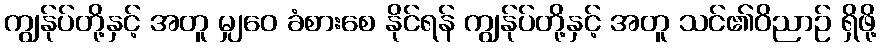
ကျွန်ုပ်တို့နှင့် အတူ မျှဝေ ခံစားစေ နိုင်ရန် ကျွန်ုပ်တို့နှင့် အတူ သင်၏ဝိညာဉ် ရှိဖို့